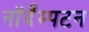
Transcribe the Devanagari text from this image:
नॉर्दॅम्पटन